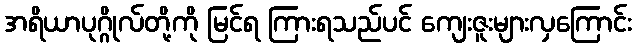
အရိယာပုဂ္ဂိုလ်တို့ကို မြင်ရ ကြားရသည်ပင် ကျေးဇူးများလှကြောင်း